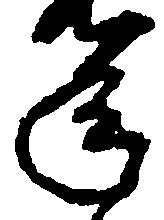
年